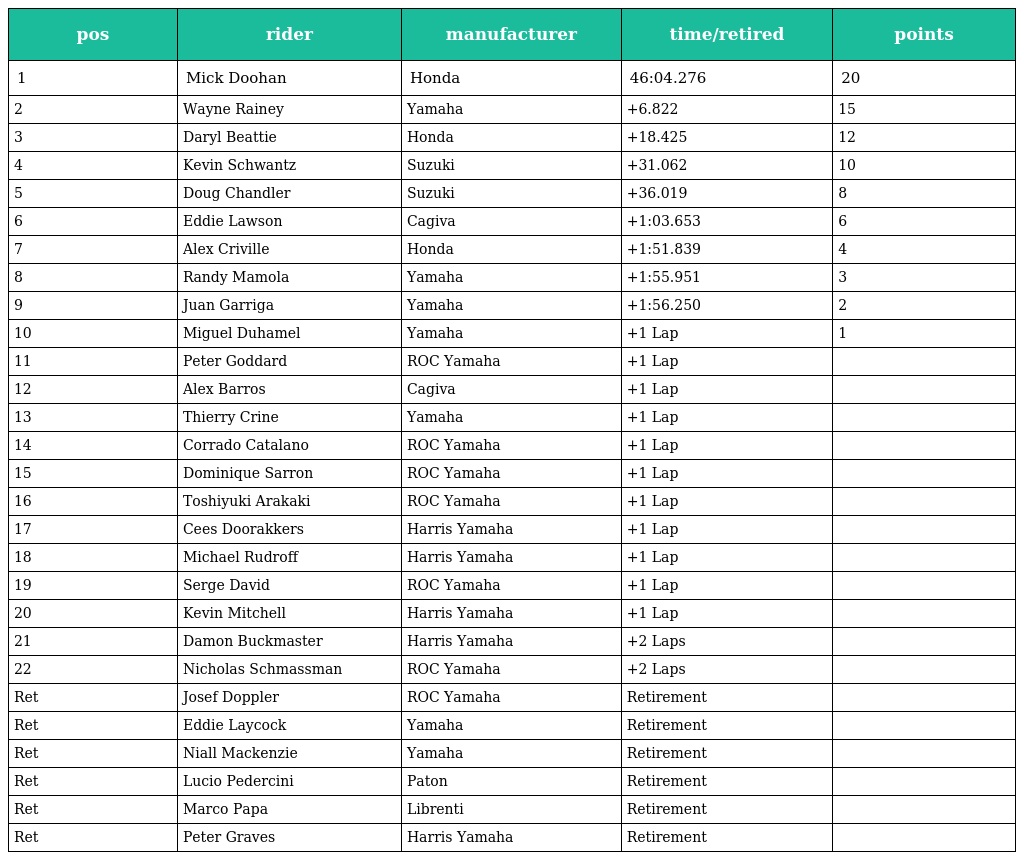
| pos | rider | manufacturer | time/retired | points |
 | --- | --- | --- | --- | --- |
 | 1 | Mick Doohan | Honda | 46:04.276 | 20 |
 | 2 | Wayne Rainey | Yamaha | +6.822 | 15 |
 | 3 | Daryl Beattie | Honda | +18.425 | 12 |
 | 4 | Kevin Schwantz | Suzuki | +31.062 | 10 |
 | 5 | Doug Chandler | Suzuki | +36.019 | 8 |
 | 6 | Eddie Lawson | Cagiva | +1:03.653 | 6 |
 | 7 | Alex Criville | Honda | +1:51.839 | 4 |
 | 8 | Randy Mamola | Yamaha | +1:55.951 | 3 |
 | 9 | Juan Garriga | Yamaha | +1:56.250 | 2 |
 | 10 | Miguel Duhamel | Yamaha | +1 Lap | 1 |
 | 11 | Peter Goddard | ROC Yamaha | +1 Lap |  |
 | 12 | Alex Barros | Cagiva | +1 Lap |  |
 | 13 | Thierry Crine | Yamaha | +1 Lap |  |
 | 14 | Corrado Catalano | ROC Yamaha | +1 Lap |  |
 | 15 | Dominique Sarron | ROC Yamaha | +1 Lap |  |
 | 16 | Toshiyuki Arakaki | ROC Yamaha | +1 Lap |  |
 | 17 | Cees Doorakkers | Harris Yamaha | +1 Lap |  |
 | 18 | Michael Rudroff | Harris Yamaha | +1 Lap |  |
 | 19 | Serge David | ROC Yamaha | +1 Lap |  |
 | 20 | Kevin Mitchell | Harris Yamaha | +1 Lap |  |
 | 21 | Damon Buckmaster | Harris Yamaha | +2 Laps |  |
 | 22 | Nicholas Schmassman | ROC Yamaha | +2 Laps |  |
 | Ret | Josef Doppler | ROC Yamaha | Retirement |  |
 | Ret | Eddie Laycock | Yamaha | Retirement |  |
 | Ret | Niall Mackenzie | Yamaha | Retirement |  |
 | Ret | Lucio Pedercini | Paton | Retirement |  |
 | Ret | Marco Papa | Librenti | Retirement |  |
 | Ret | Peter Graves | Harris Yamaha | Retirement |  |